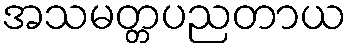
အသမတ္တပညတာယ